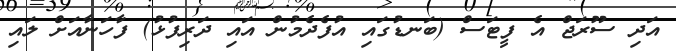
އަދި ސޫރަޖް އެ ފީޓަސް (ބަނޑުގައި އުފެދެމުން އައި ދަރިފުޅު) ފާހަނާއަށް ލައި